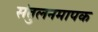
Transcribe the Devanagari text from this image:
संतुलनमापक